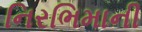
નિરભિમાની